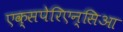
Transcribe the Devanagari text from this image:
एक्सपेरिएन्सिआ